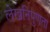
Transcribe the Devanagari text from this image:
लेखनिपुणता